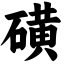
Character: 磺